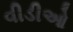
વીડીઓ